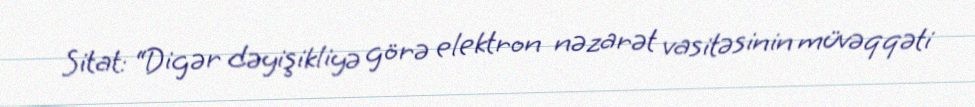
Sitat: “Digər dəyişikliyə görə elektron nəzarət vasitəsinin müvəqqəti